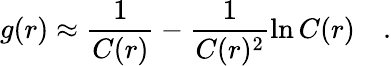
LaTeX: g(r)\approx\frac{1}{C(r)}-\frac{1}{C(r)^{2}}\ln C(r)\quad.